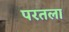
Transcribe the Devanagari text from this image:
परतला